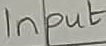
Text: Input